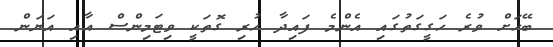
ބޭހަށް ވުރެ ހަގީގަތުގައި އެންމެ ފައިދާ ހުރި ގޮތަކީ ވިޓަމިންސް އާއި އަޔަން